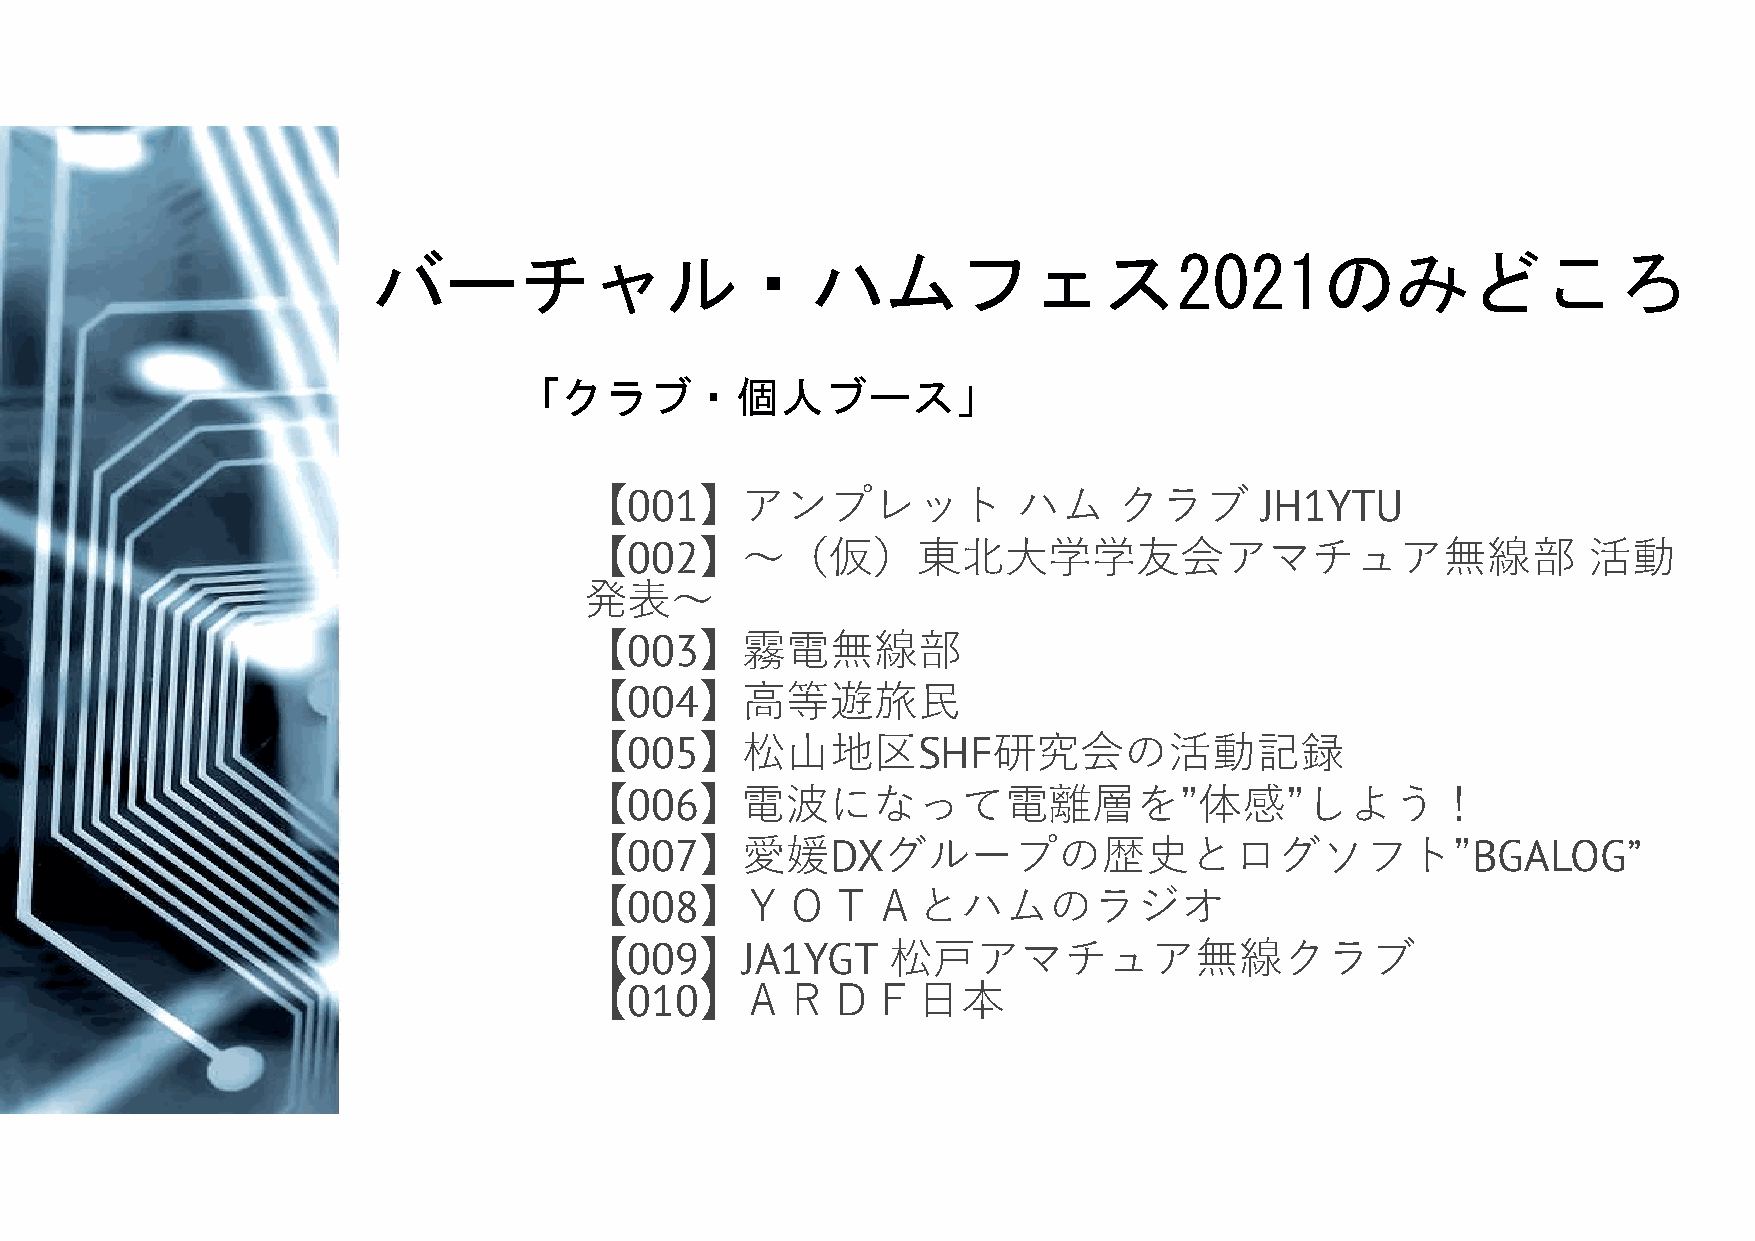
バーチャル・ハムフェス2021のみどころ
 「クラブ・個人ブース」
 【001】アンプレット                 ハム     クラブ      JH1YTU
 【002】～（仮）東北大学学友会アマチュア無線部                                          活動
 発表～
 【003】霧電無線部
 【004】高等遊旅民
 【005】松山地区SHF研究会の活動記録
 【006】電波になって電離層を”体感”しよう！
 【007】愛媛DXグループの歴史とログソフト”BGALOG”
 【008】ＹＯＴＡとハムのラジオ
 【009】JA1YGT         松戸アマチュア無線クラブ
 【010】ＡＲＤＦ日本